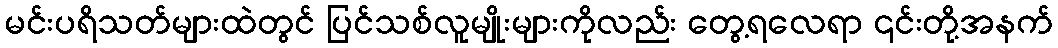
မင်းပရိသတ်များထဲတွင် ပြင်သစ်လူမျိုးများကိုလည်း တွေ့ရလေရာ ၎င်းတို့အနက်